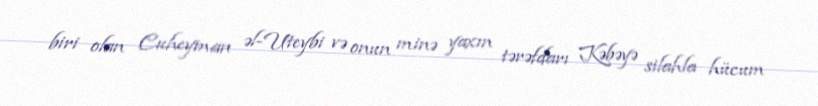
biri olan Cuheyman əl-Uteybi və onun minə yaxın tərəfdarı Kəbəyə silahla hücum